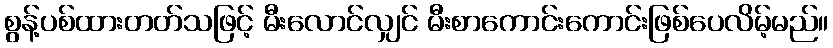
စွန့်ပစ်ထားတတ်သဖြင့် မီးလောင်လျှင် မီးစာကောင်းကောင်းဖြစ်ပေလိမ့်မည်။